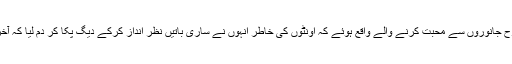
لیکن موصوف میری طرح جانوروں سے محبت کرنے والے واقع ہوئے کہ اونٹوں کی خاطر انہوں نے ساری باتیں نظر انداز کرکے دیگ پکا کر دم لیا کہ آخر سو اونٹوں کا سوال تھا۔